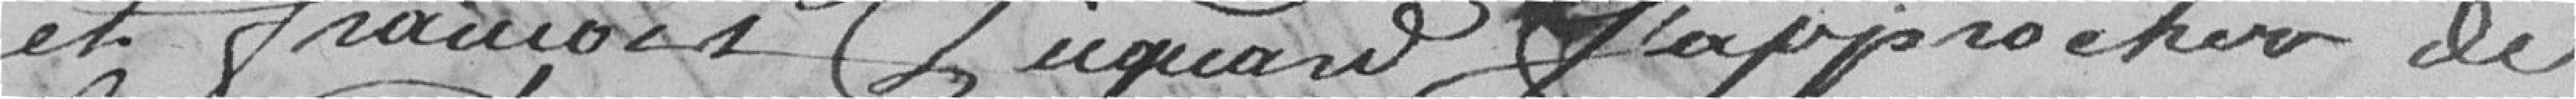
et François Picquard s'approcher de